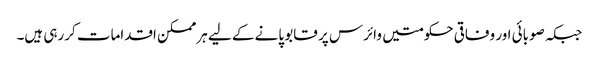
جبکہ صوبائی اور وفاقی حکومتیں وائرس پر قابو پانے کے لیے ہرممکن اقدامات کررہی ہیں۔